Problem: 9 ÷ 9 = ?
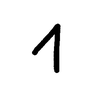
Handwritten answer: 1